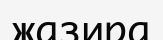
жазира